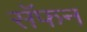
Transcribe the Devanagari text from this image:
सॅफन